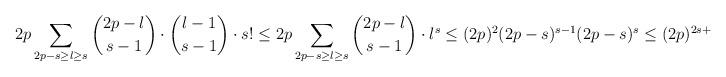
LaTeX: \begin{align*} 2p \sum_{2p-s \geq l \geq s}{\binom{2p-l}{s-1} \cdot \binom{l-1}{s-1} \cdot s!} \leq 2p \sum_{2p-s \geq l \geq s}{\binom{2p-l}{s-1} \cdot l^s} \leq (2p)^2(2p-s)^{s-1}(2p-s)^{s} \leq (2p)^{2s+1},\end{align*}